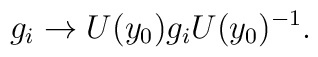
g_{i} \rightarrow U(y_{0}) g_{i} U(y_{0})^{-1}.